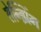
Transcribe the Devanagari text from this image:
तेन्झिंग